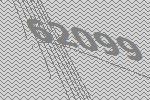
62099